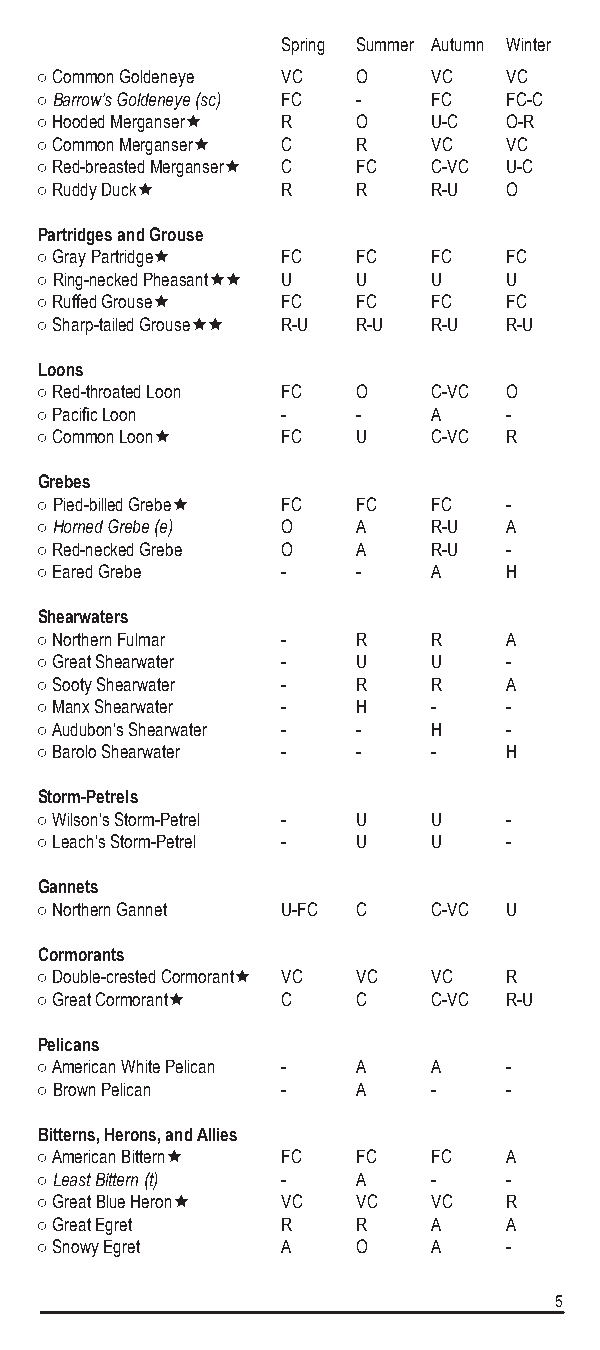
Spring Summer Autumn Winter
 ○ Common Goldeneye VC O    VC   VC
 ○ Barrow’s Goldeneye (sc) FC - FC FC-C
 ○ Hooded Merganser R O    U-C  O-R
 ○ Common Merganser C R    VC   VC
 ○ Red-breasted Merganser C FC C-VC U-C
 ○ Ruddy Duck    R    R    R-U  O
 Partridges and Grouse
 ○ Gray Partridge FC  FC   FC   FC
 ○ Ring-necked Pheasant U U U  U
 ○ Ruffed Grouse FC   FC   FC   FC
 ○ Sharp-tailed Grouse R-U R-U R-U R-U
 Loons
 ○ Red-throated Loon FC O   C-VC O
 ○ Pacific Loon   -    -    A    -
 ○ Common Loon   FC   U    C-VC R
 Grebes
 ○ Pied-billed Grebe FC FC FC   -
 ○ Horned Grebe (e) O  A    R-U  A
 ○ Red-necked Grebe O  A    R-U  -
 ○ Eared Grebe    -    -    A    H
 Shearwaters
 ○ Northern Fulmar -   R    R    A
 ○ Great Shearwater -  U    U    -
 ○ Sooty Shearwater -  R    R    A
 ○ Manx Shearwater -   H    -    -
 ○ Audubon’s Shearwater - - H    -
 ○ Barolo Shearwater - -    -    H
 Storm-Petrels
 ○ Wilson’s Storm-Petrel - U U   -
 ○ Leach’s Storm-Petrel - U U    -
 Gannets
 ○ Northern Gannet U-FC C   C-VC U
 Cormorants
 ○ Double-crested Cormorant VC VC VC R
 ○ Great Cormorant C  C    C-VC R-U
 Pelicans
 ○ American White Pelican - A A  -
 ○ Brown Pelican  -    A    -    -
 Bitterns, Herons, and Allies
 ○ American Bittern FC FC  FC   A
 ○ Least Bittern (t) - A    -    -
 ○ Great Blue Heron VC VC  VC   R
 ○ Great Egret    R    R    A    A
 ○ Snowy Egret    A    O    A    -
 5